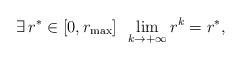
LaTeX: \begin{align*}\exists\, r^* \in [0,r_{\max}]\,\, \, \lim\limits_{k\to+\infty}r^k=r^*,\end{align*}